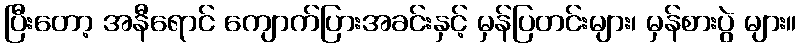
ပြီးတော့ အနီရောင် ကျောက်ပြားအခင်းနှင့် မှန်ပြတင်းများ၊ မှန်စားပွဲ များ။